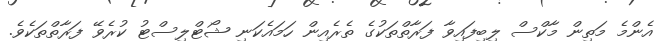
އެންމެ މަތިން މާކްސް ލިބިފައިވާ ފަރާތްތަކުގެ ތެރެއިން ހަމައެކަނި ޝޯޓްލިސްޓު ކުރެވޭ ފަރާތްތަކެވެ.